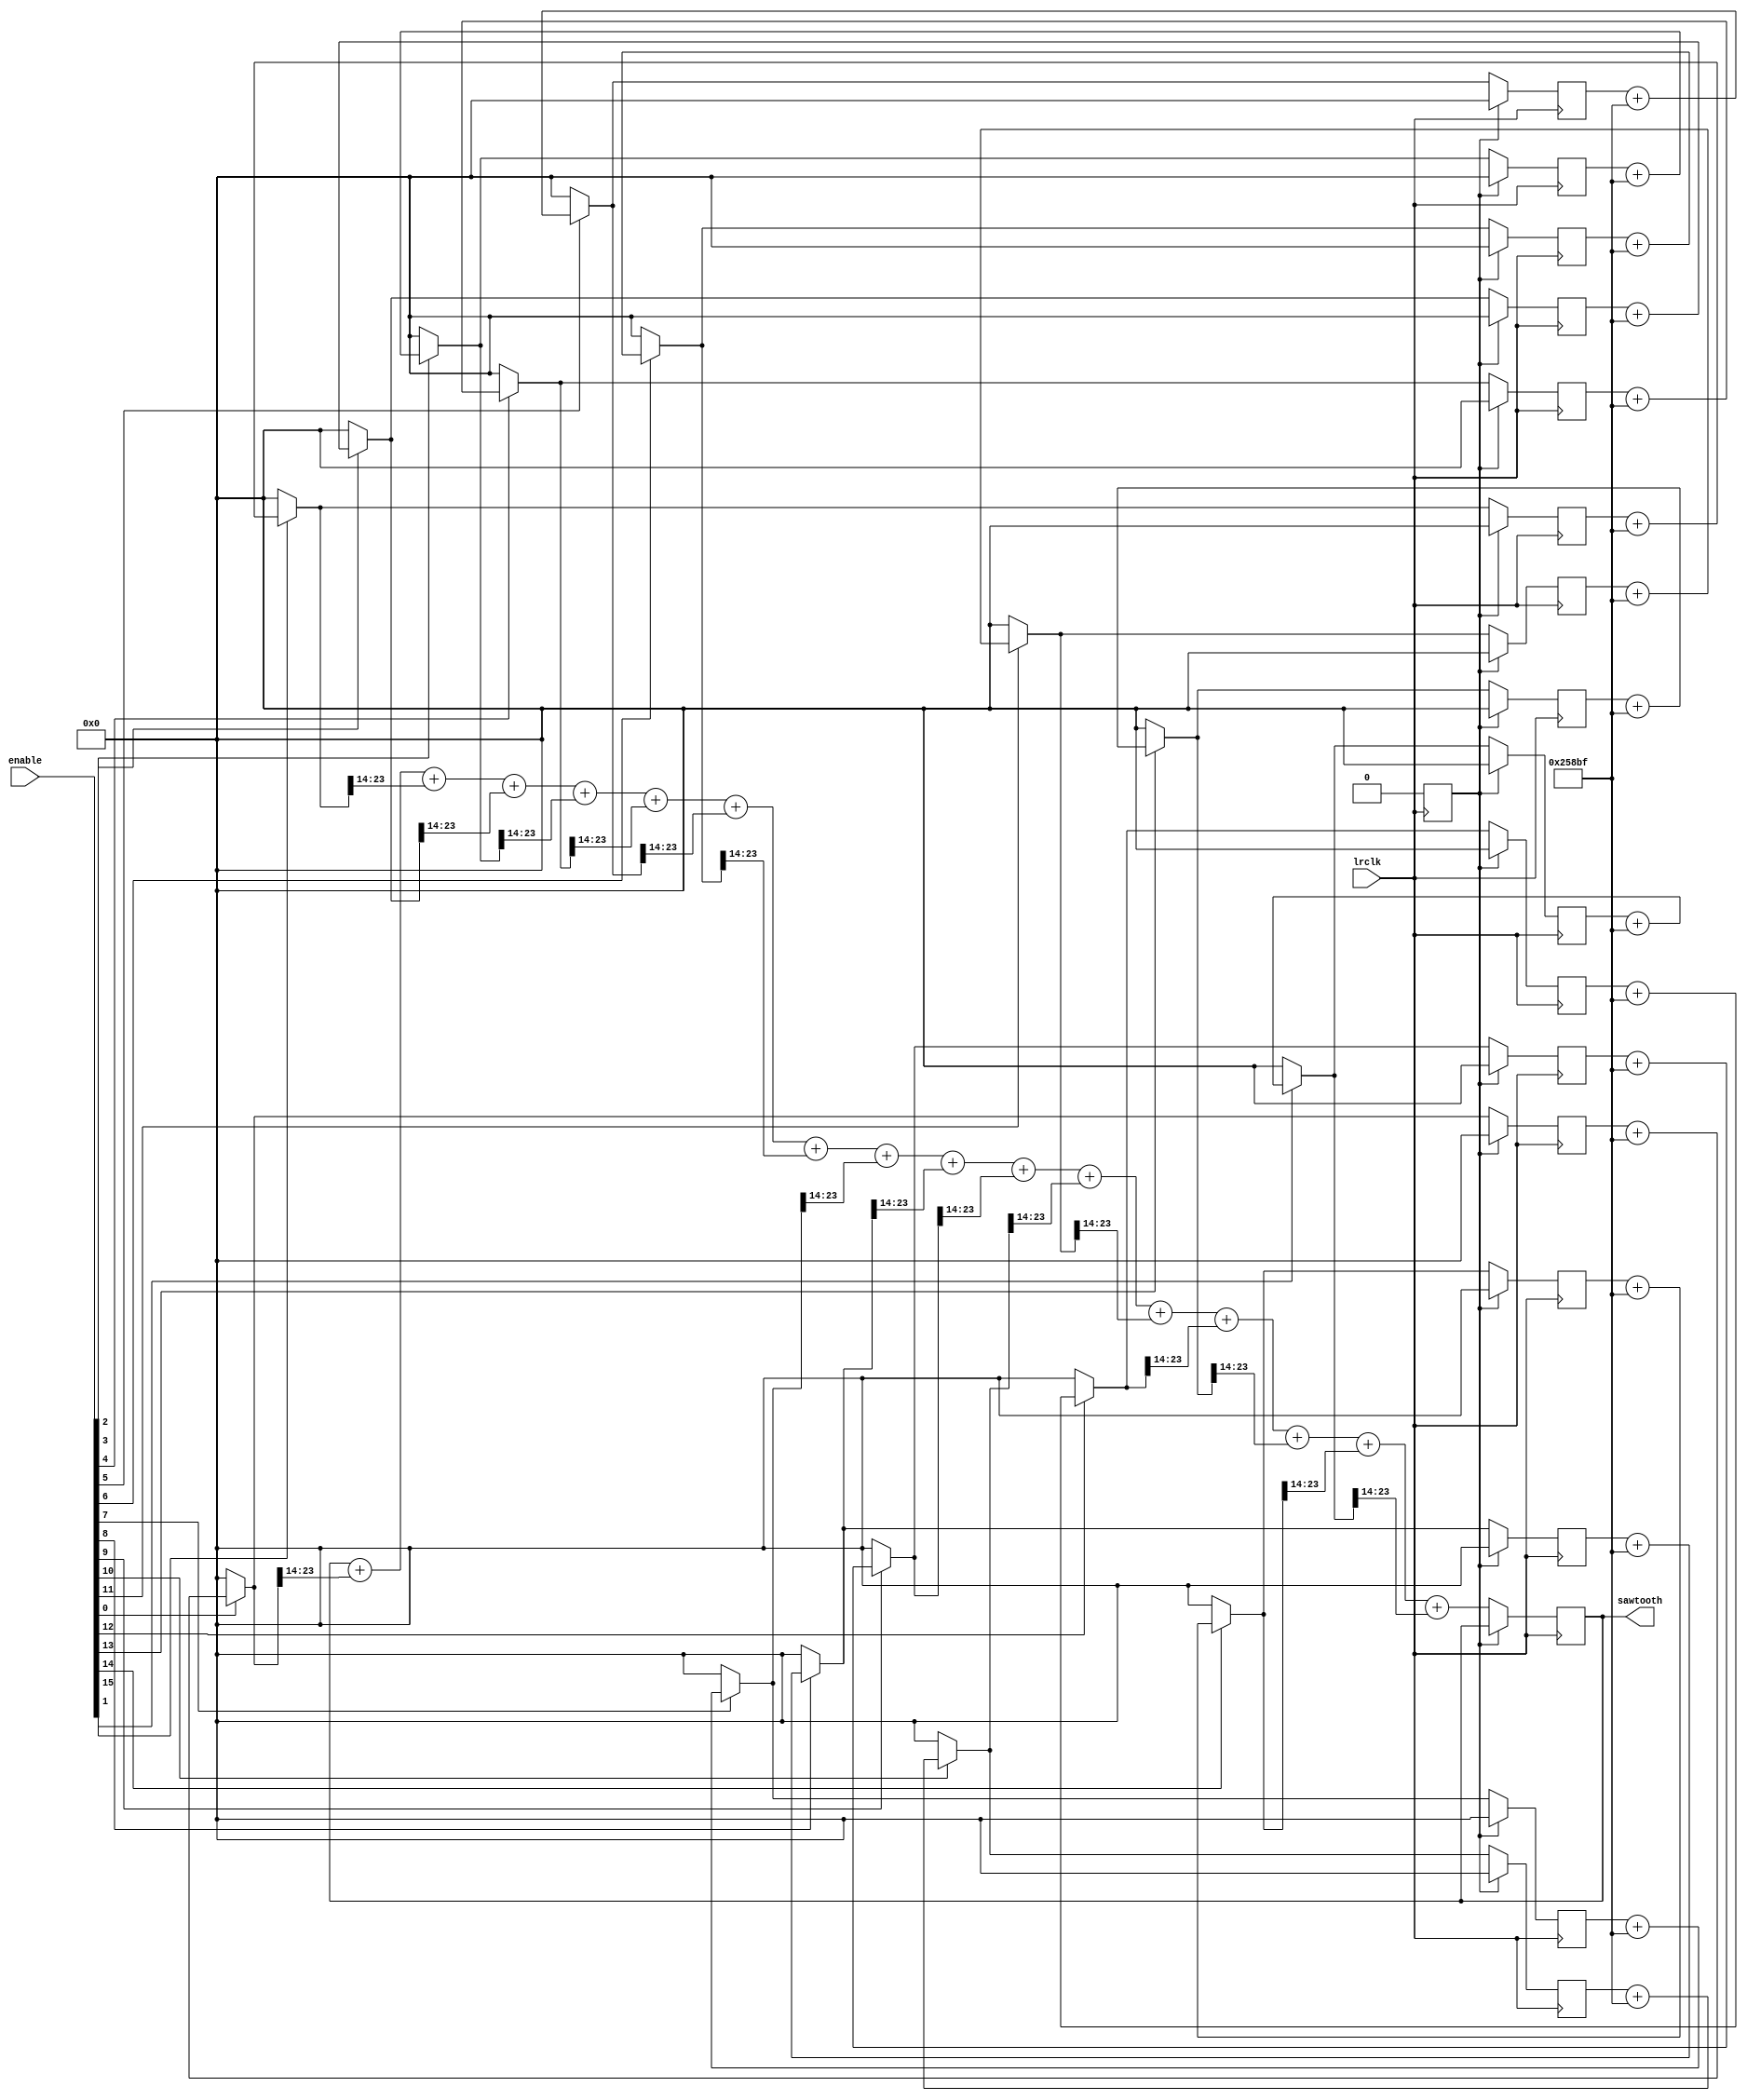
`timescale 1ns / 1ps
//////////////////////////////////////////////////////////////////////////////////
// Company: 
// Engineer: 
// 
// Design Name: 
// Module Name: test
// Project Name: 
// Target Devices: 
// Tool Versions: 
// Description: 
// 
// Dependencies: 
// 
// Revision:
// Revision 0.01 - File Created
// Additional Comments:
// 
//////////////////////////////////////////////////////////////////////////////////
`define CHANNELDEPTH 16

`define BASERATE (48000.0/16777216.0)
`define A3  76896 // 220.00/`BASERATE
`define B3 	86312 // 246.94/`BASERATE
`define C4  91446 // 261.63/`BASERATE
`define D4  102642 // 293.66/`BASERATE
`define E4  115214 // 329.63/`BASERATE
`define F4  122065 // 349.23/`BASERATE
`define G4  137014 // 392.00/`BASERATE
`define A4  153791 // 440.00/`BASERATE
`define B4  172624 // 493.88/`BASERATE
`define C5  182889 // 523.25/`BASERATE
`define D5  205287 // 587.33/`BASERATE
`define E5  230425 // 659.25/`BASERATE
`define F5  244129 // 698.46/`BASERATE
`define G5  274024 // 783.99/`BASERATE
`define A5  307582 // 880.00/`BASERATE
`define B5  345251 // 987.77/`BASERATE

module oscillator(
    input [15:0] enable,
    input lrclk,
//    input waveformEnable,
    output reg signed [`CHANNELDEPTH-1:0] sawtooth
    );
    
//    reg signed [23:0] sawtooth_internal [15:0];
    reg signed [23:0] sawtooth_internal [15:0];
    reg [23:0] rate [15:0];     
      
reg initialstate = 1;

reg [4:0] i =0;
always@(posedge(lrclk)) begin
    if(initialstate)begin
    
        rate[0] = `A3;
        rate[1] = `B3;
        rate[2] = `C4;
        rate[3] = `D4;
        rate[4] = `E4;
        rate[5] = `F4;
        rate[6] = `G4;
        rate[7] = `A4;
        rate[8] = `B4;
        rate[9] = `C5;
        rate[10] = `D5;
        rate[11] = `E5;
        rate[12] = `F5;
        rate[13] = `G5;
        rate[14] = `A5;
        rate[15] = `B5;

        for(i = 0; i<16; i=i+1) begin
            sawtooth_internal[i] = 0;
        end

        initialstate = 0;
    end
    else begin
        for(i = 0; i<16; i=i+1) begin
//            sawtooth_internal[i] = enable[i] ? sawtooth_internal[i] + rate[i] : 0;
            sawtooth_internal[i] = enable[i] ? sawtooth_internal[i] + 153791 : 0;
//            sawtooth = sawtooth + (sawtooth_internal[23:8]>>6);
            sawtooth = sawtooth + (sawtooth_internal[i][23:8]>>6);
            if(enable[i])begin
                $display(sawtooth_internal[i]);
                $display(sawtooth); 
            end
        end
    end
end

endmodule